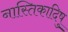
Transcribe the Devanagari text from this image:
नास्तिकादिषु